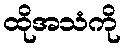
ထိုအသံကို